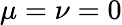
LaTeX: \mu=\nu=0